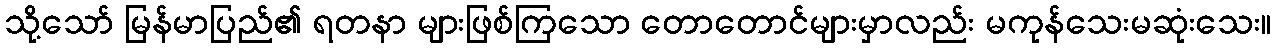
သို့သော် မြန်မာပြည်၏ ရတနာ များဖြစ်ကြသော တောတောင်များမှာလည်း မကုန်သေးမဆုံးသေး။